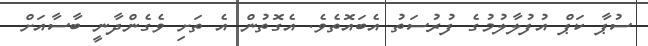
ސުޕާ ކަޕް އުފުލާލުމުގެ ފުރުސަތު އެބައޮތެވެ. އެގޮތުން އެ ތަށި ވެގެންދާނީ ބާސާއަށް